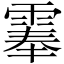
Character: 𩃳